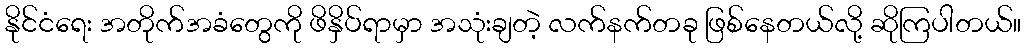
နိုင်ငံရေး အတိုက်အခံတွေကို ဖိနှိပ်ရာမှာ အသုံးချတဲ့ လက်နက်တခု ဖြစ်နေတယ်လို့ ဆိုကြပါတယ်။